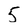
Character: 5